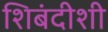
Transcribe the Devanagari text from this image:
शिबंदीशी